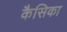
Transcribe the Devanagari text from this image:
कैसिका